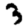
Digit: 3